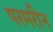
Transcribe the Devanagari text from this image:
परमरीन